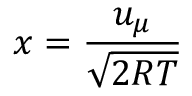
x = \frac { u _ { \mu } } { \sqrt { 2 R T } }